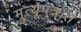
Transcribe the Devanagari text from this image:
म्रुत्यूपत्रात